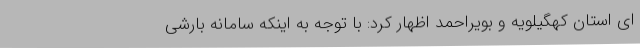
ای استان کهگیلویه و بویراحمد اظهار کرد: با توجه به اینکه سامانه بارشی